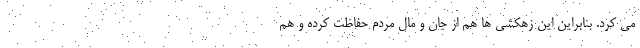
می کرد. بنابراین این زهکشی ها هم از جان و مال مردم حفاظت کرده و هم